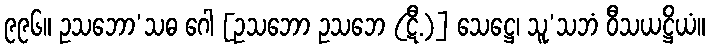
၉၉၆။ ဥသဘော’သဓ ဂေါ [ဥသဘော ဥသဘေ (ဋီ.)] သေဋ္ဌေ၊ သူ’သဘံ ဝီသယဋ္ဌိယံ။